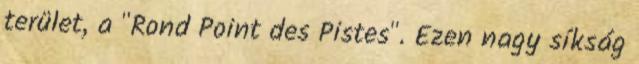
terület, a "Rond Point des Pistes". Ezen nagy síkság